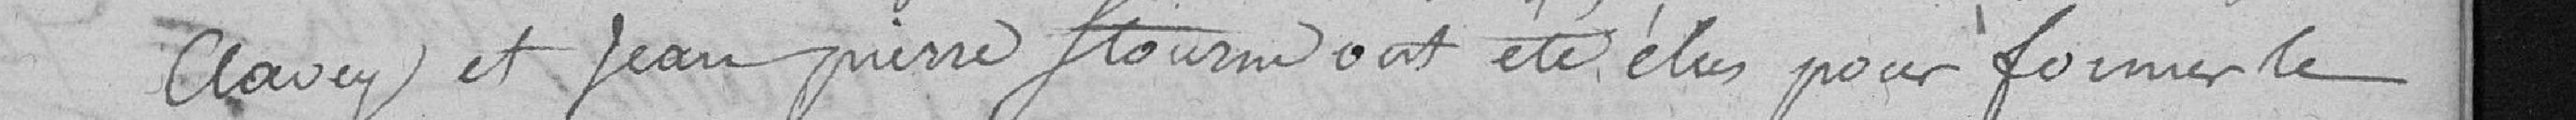
Clavey et Jean Pierre Stourm ont été élus pour former le